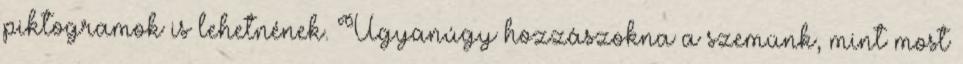
piktogramok is lehetnének. Ugyanúgy hozzászokna a szemünk, mint most